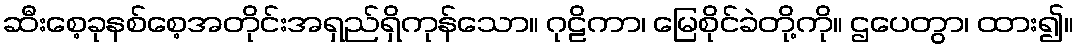
ဆီးစေ့ခုနစ်စေ့အတိုင်းအရှည်ရှိကုန်သော။ ဂုဠိကာ၊ မြေစိုင်ခဲတို့ကို။ ဌပေတွာ၊ ထား၍။